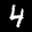
Label: 4